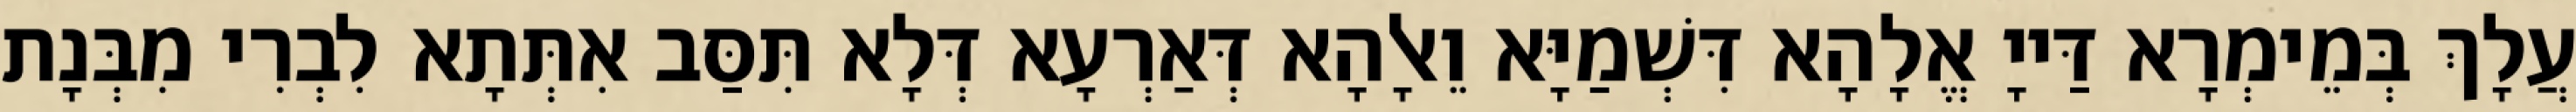
עֲלָךְ בְּמֵימְרָא דַּייָ אֱלָהָא דִּשְׁמַיָּא וֵאלָהָא דְּאַרְעָא דְּלָא תִּסַּב אִתְּתָא לִבְרִי מִבְּנָת